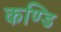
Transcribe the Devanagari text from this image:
कण्डि